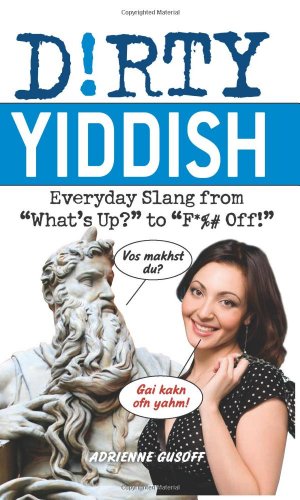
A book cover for Dirty Yiddish: Everyday Slang from "What's Up?" to "F*%# Off!" (Dirty Everyday Slang); Adrienne Gusoff; Reference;